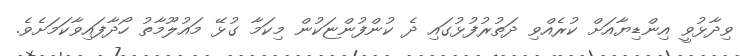
ވިދާޅުވީ އިންޑިޔާއަށް ކުރެއްވި ދަތުރުފުޅުގައި ދެ ކުންފުންޏަކުން މިކަމާ ގުޅޭ މައުލޫމާތު ހޯދާފައިވާކަމަށެވެ.